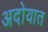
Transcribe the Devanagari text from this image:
अदोयात